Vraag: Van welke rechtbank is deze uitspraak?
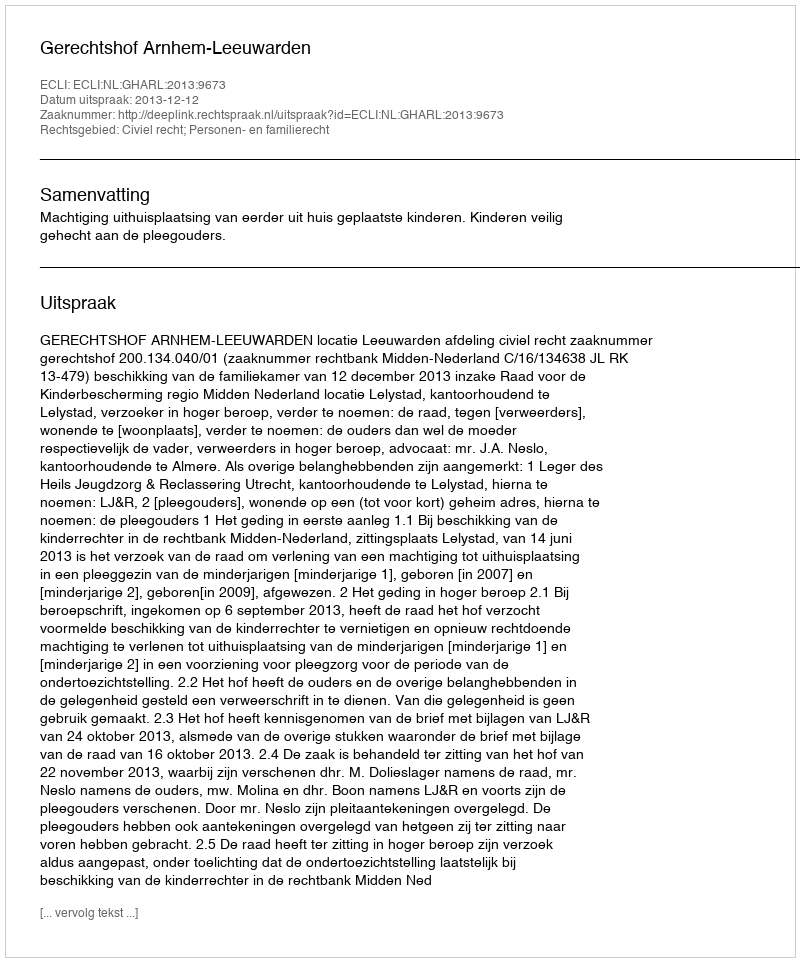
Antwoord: Gerechtshof Arnhem-Leeuwarden